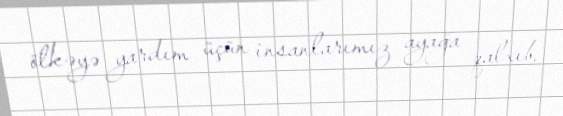
ölkəyə yardım üçün insanlarımız ayağa qalxıb.